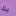
بك